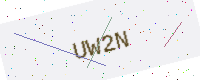
Text: UW2N